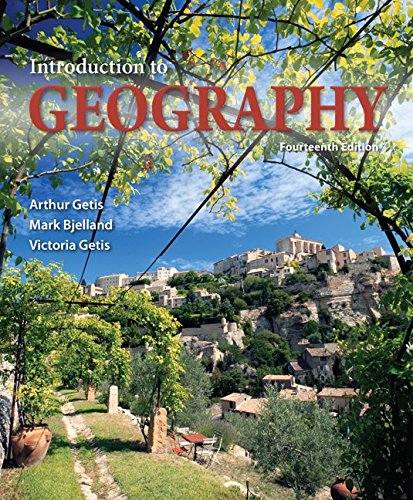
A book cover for Introduction to Geography; Arthur Getis; Science & Math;